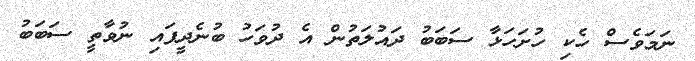
ނަމަވެސް ހެކި ހުށަހަޅާ ސަބަބު ދައުލަތުން އެ ދުވަހު ބުނެދީފައި ނުވާތީ ސަބަބު